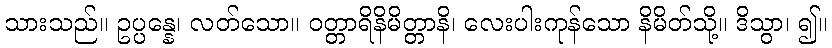
သားသည်။ ဥပ္ပန္နေ၊ လတ်သော။ ဝတ္တာရိနိမိတ္တာနိ၊ လေးပါးကုန်သော နိမိတ်သို့။ ဒိသွာ၊ ၍။